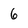
Character: 6